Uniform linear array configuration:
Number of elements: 12
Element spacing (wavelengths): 0.25
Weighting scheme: exponential
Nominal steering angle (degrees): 60
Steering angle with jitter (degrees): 58.977
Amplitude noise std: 0.05
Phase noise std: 0.05

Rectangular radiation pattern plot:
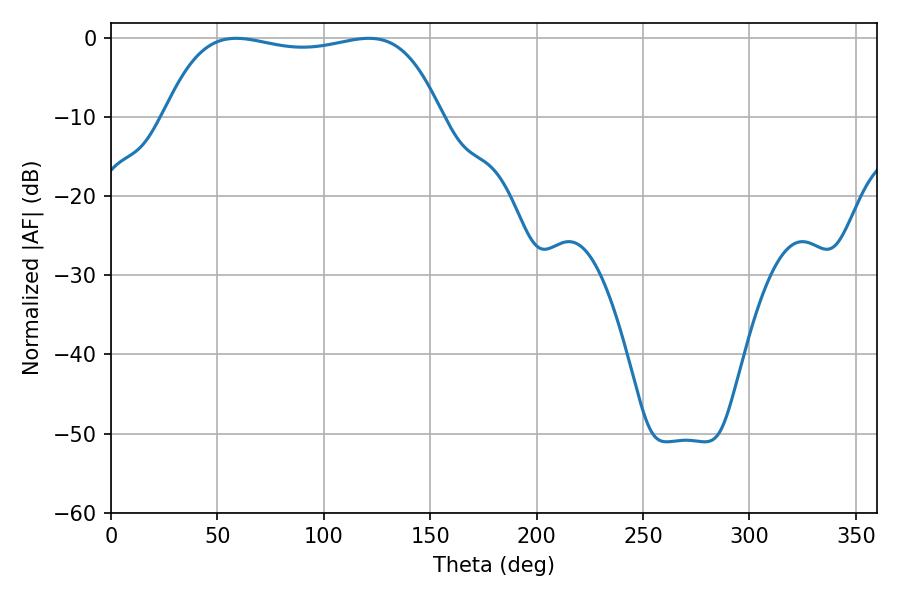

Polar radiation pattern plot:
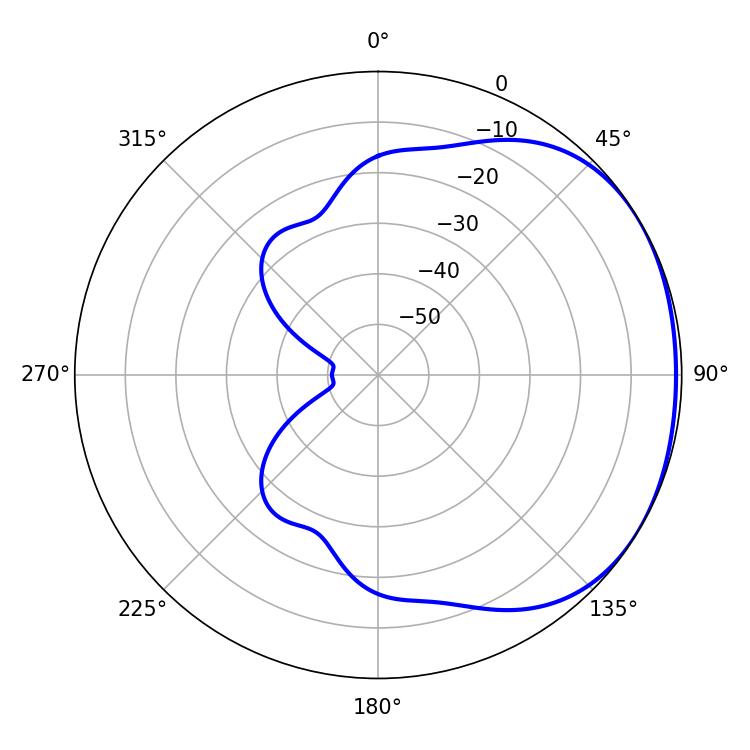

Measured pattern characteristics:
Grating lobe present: FALSE
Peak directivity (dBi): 1.433
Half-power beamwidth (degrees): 104.04
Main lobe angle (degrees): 58.86